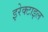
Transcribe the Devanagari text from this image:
इरेक्टाइल